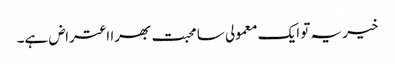
خیر یہ تو ایک معمولی سا محبت بھرا اعتراض ہے۔